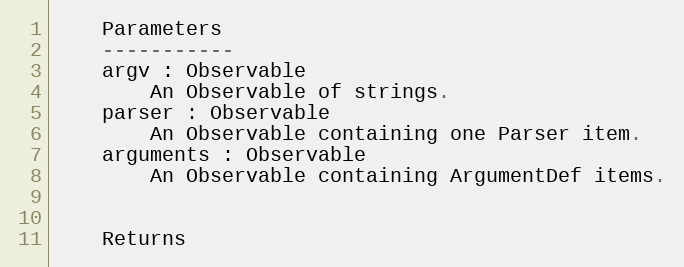
Language: Python
    Parameters
    -----------
    argv : Observable
        An Observable of strings.
    parser : Observable
        An Observable containing one Parser item.
    arguments : Observable
        An Observable containing ArgumentDef items.

    Returns